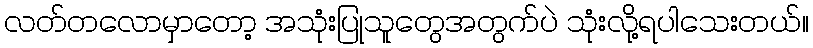
လတ်တလောမှာတော့ အသုံးပြုသူတွေအတွက်ပဲ သုံးလို့ရပါသေးတယ်။